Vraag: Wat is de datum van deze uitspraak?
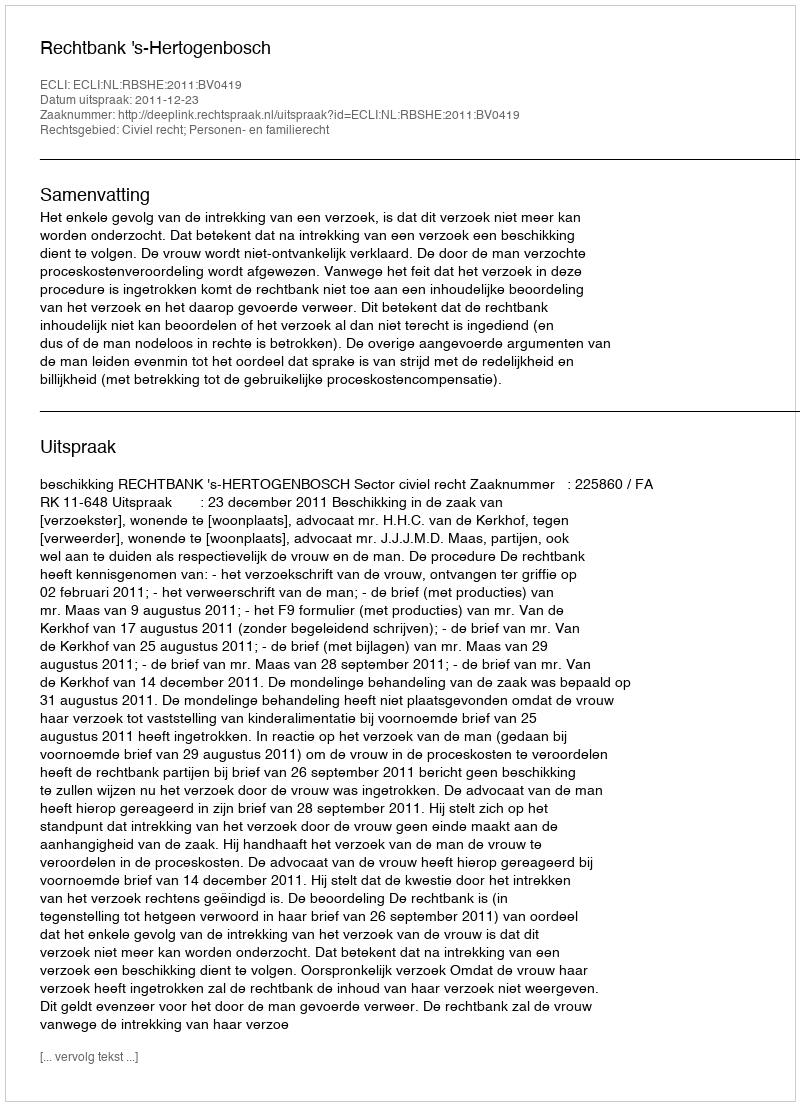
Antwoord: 2011-12-23